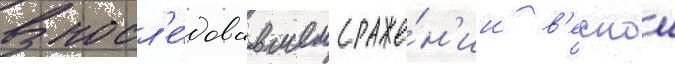
В посл'е́довавшем сраже́н'ии в'еснои